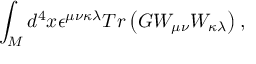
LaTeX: \int _ { M } d ^ { 4 } x \epsilon ^ { \mu \nu \kappa \lambda } T r \left( G W _ { \mu \nu } W _ { \kappa \lambda } \right) ,